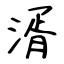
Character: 湑